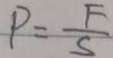
P = \frac { F } { S }